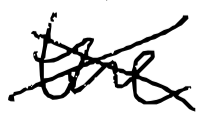
Text: the
Cross-out: cross
Writing tool: digital_black